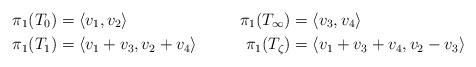
LaTeX: \begin{align*}\pi_1(T_0) &= \langle v_1, v_2 \rangle& \pi_1(T_\infty) &= \langle v_3, v_4 \rangle \\\pi_1(T_1) &= \langle v_1 + v_3, v_2 + v_4\rangle& \pi_1(T_\zeta) &= \langle v_1 + v_3 + v_4, v_2 - v_3 \rangle \\\end{align*}